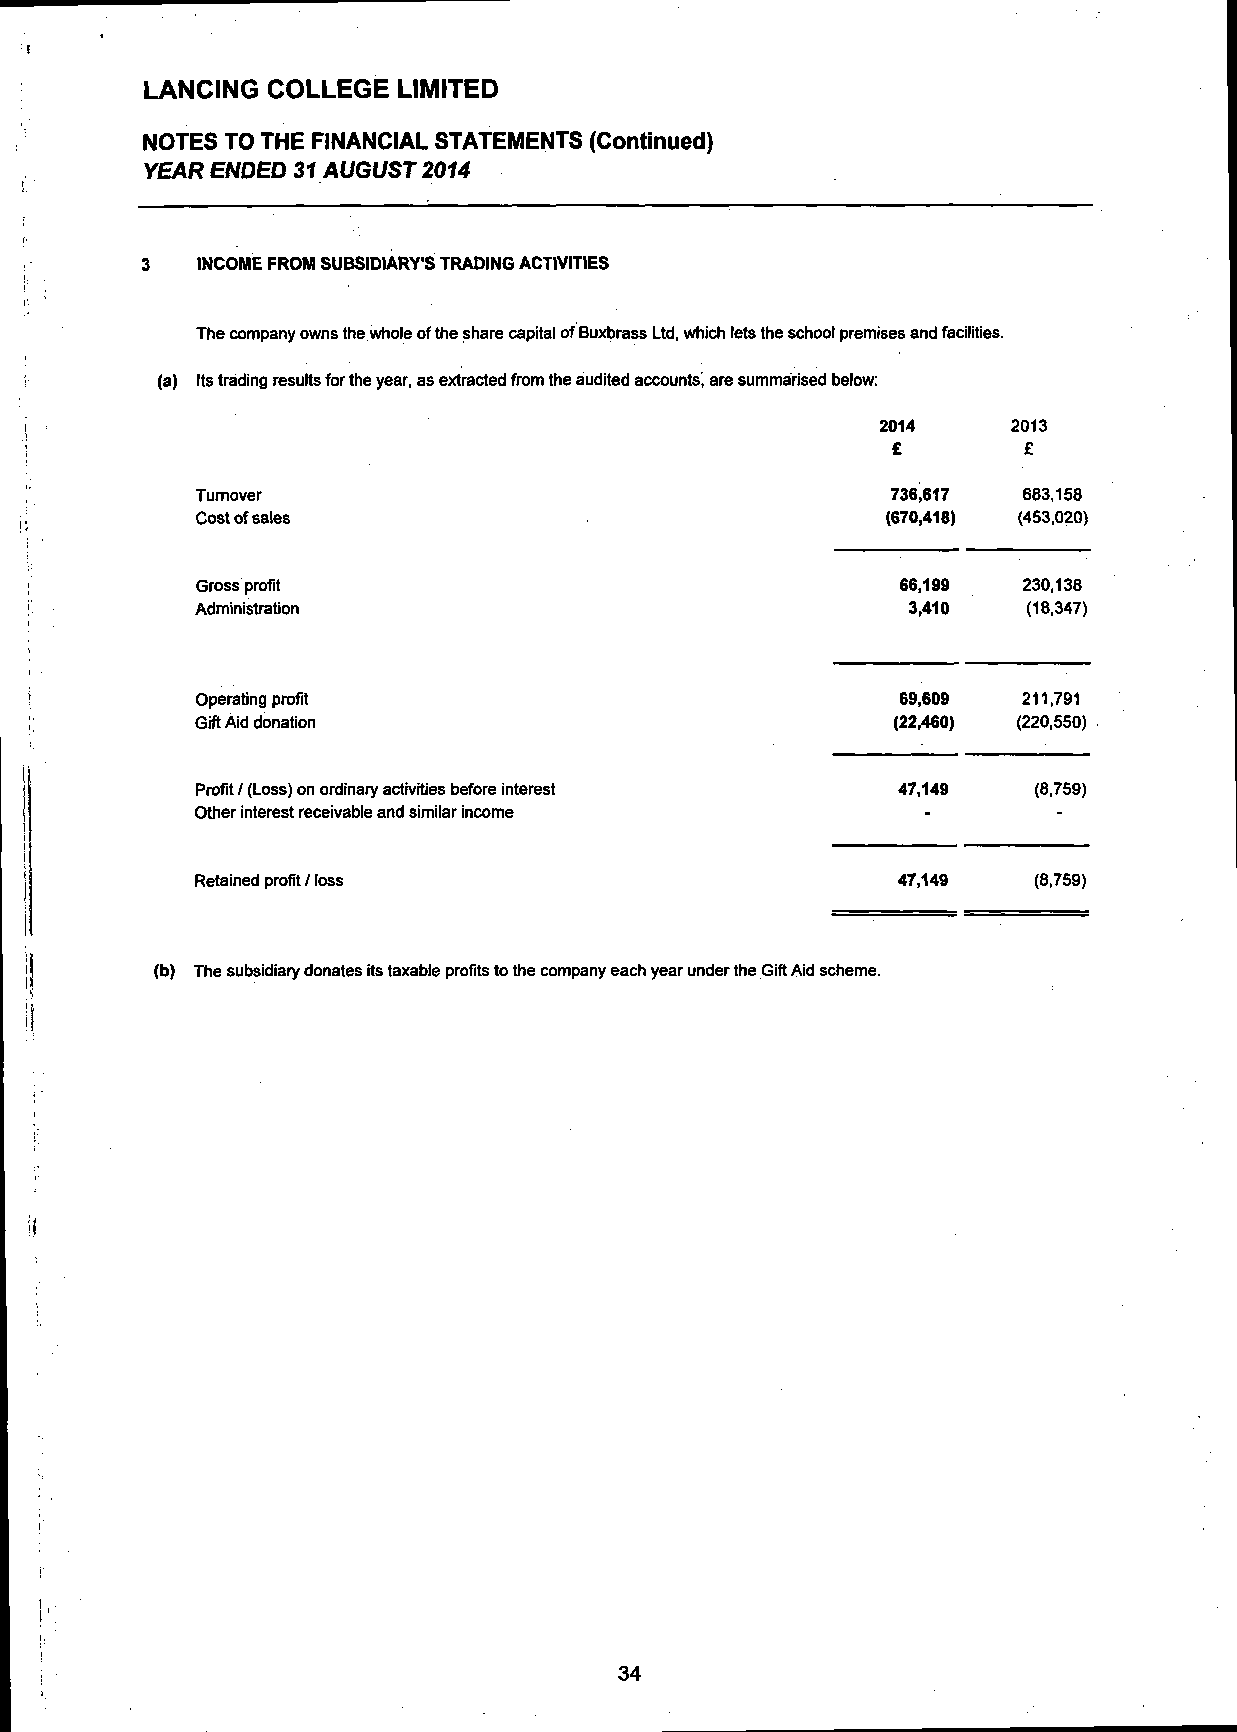
LANCING COLLEGE LIMITED
 NOTES  TO THE FINANCIAL STATEMENTS (Continued)
 YEAR ENDED 31 AUGUST 2014
 3   INCOME FROM SUBSIDIARY'S TRADING ACTIVITIES
 The company owns the whole of the share capital of Buxbrass Ltd, which lets the school premises and facilities,
 (a) Its trading results for the year, as extracted from the audited accounts, are summarised below:
 2014     2013
 £        £
 Turnover                                      736,617  683,158
 Cost of sales                                 (670,418) (453,020)
 Gross profit                                   66,199  230,138
 Administration                                 3,410   (18,347)
 Operating profit                               69,609  211,791
 Gift Aid donation                             (22,460) (220,550)
 Profit / (Loss) on ordinary activities before interest 47,149 (8,759)
 Other interest receivable and similar income    -        -
 Retained profit / loss                        47,149   (8,759)
 (b) The subsidiary donates its taxable profits to the company each year under the Gift Aid scheme.
 34